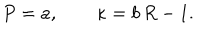
P = a , \qquad \kappa = b \, R - 1 .